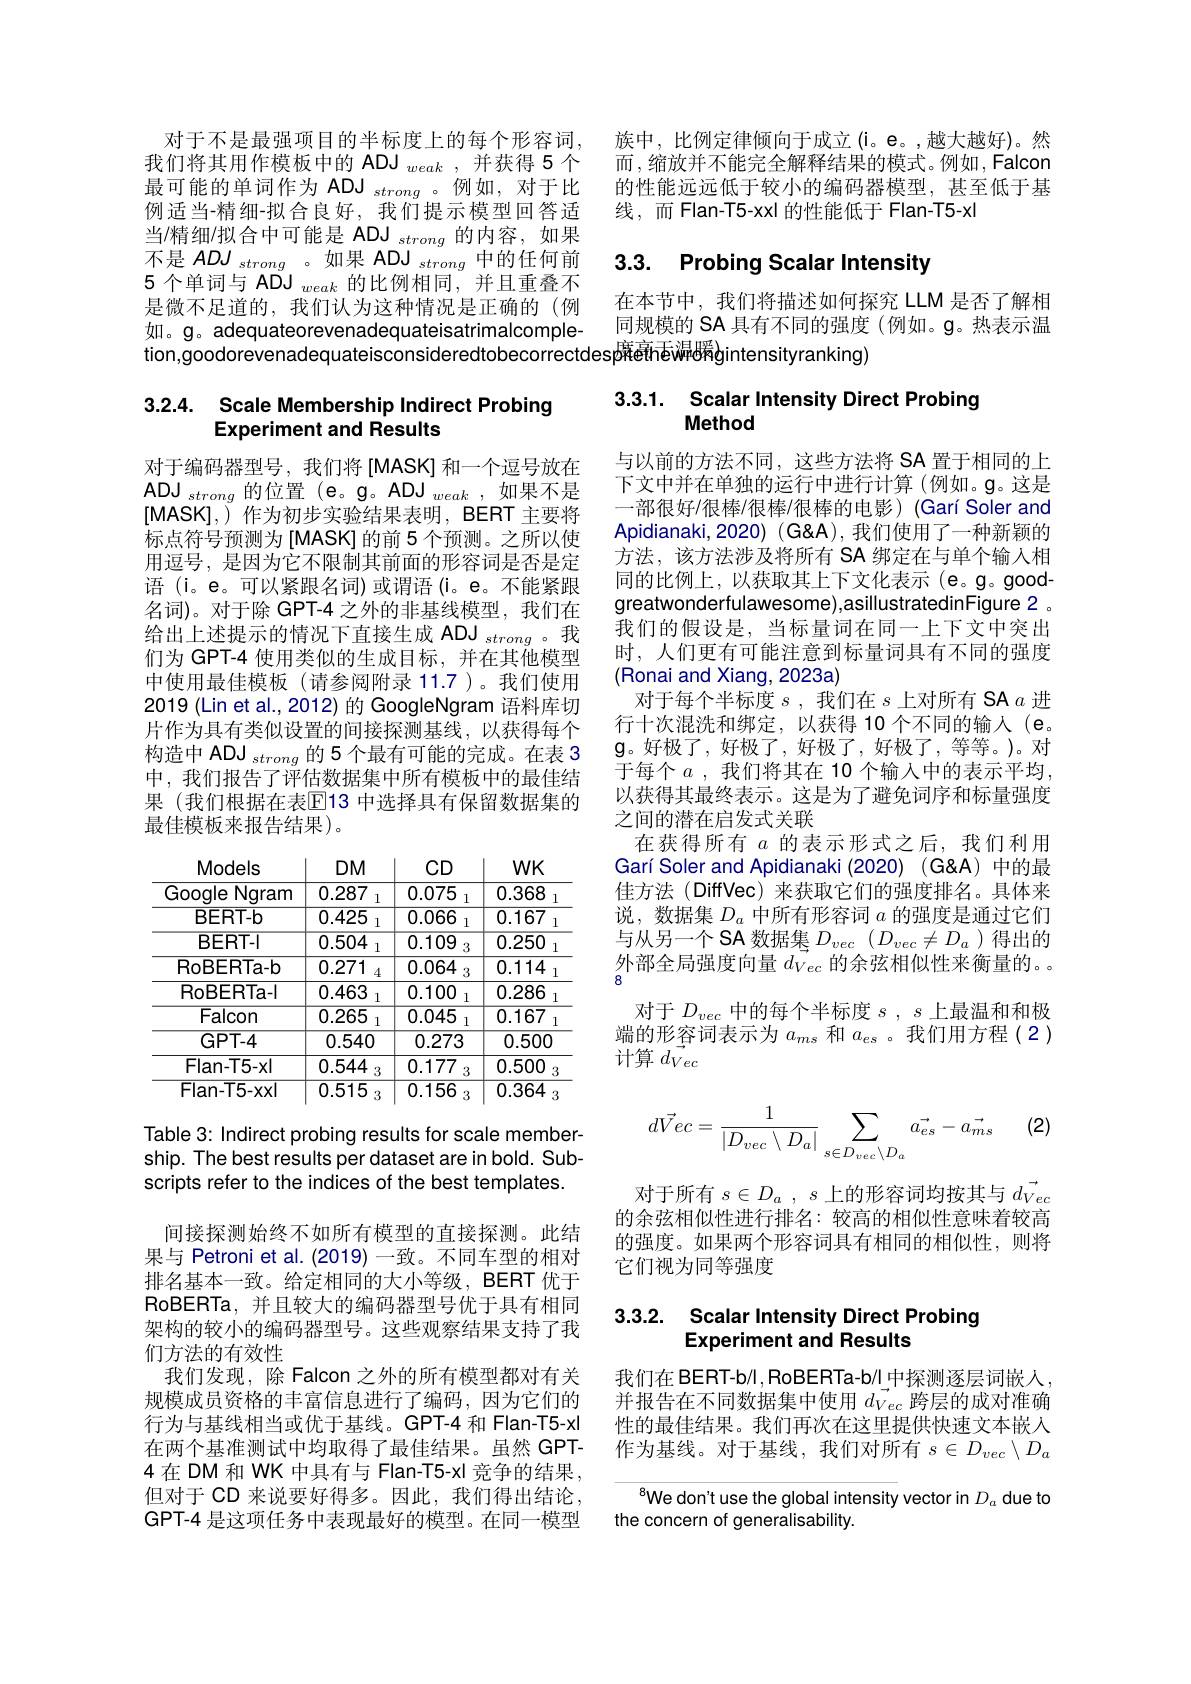
对于不是最强项目的半标度上的每个形容词， 我们将其用作模板中的 ADJ $_{weak}$,并获得 5 个最可能的单词作为 ADJ $_strong$ 。例如，对于比例适当-精细-拟合良好，我们提示模型回答适当/精细/拟合中可能是 ADJ $_strong$的内容，如果不是 $ADJ_{strong}$。如果 ADJ$_strong$中的任何前5 个单词与 ADJ $_{weak}$的比例相同，并且重叠不是微不足道的，我们认为这种情况是正确的(例如。g。adequateorevenadequateisatrimalcompletion,goodorevenadequateisconsideredtobecorrectdesp蘇efhéwå暖gintensityranking)

# 3.2.4. Scale Membership Indirect Probing Experiment and Results

对于编码器型号，我们将[MASK]和一个逗号放在$\mathbf{ADJ}_{strong}$的位置(e。g。ADJ$_weak$,如果不是[MASK],)作为初步实验结果表明，BERT 主要将标点符号预测为[MASK]的前 5 个预测。之所以使用逗号，是因为它不限制其前面的形容词是否是定语 (i。e。可以紧跟名词)或谓语(i。e。不能紧跟名词)。对于除 GPT-4 之外的非基线模型，我们在给出上述提示的情况下直接生成 ADJ $_{strong}$。我们为 GPT-4 使用类似的生成目标，并在其他模型中使用最佳模板(请参阅附录 11.7 )。我们使用2019 (Lin et al., 2012) 的 GoogleNgram 语料库切片作为具有类似设置的间接探测基线，以获得每个构造中 ADJ $_{strong}$的 5 个最有可能的完成。在表 3中，我们报告了评估数据集中所有模板中的最佳结果 (我们根据在表$\overline{\mathbb{E}}$13 中选择具有保留数据集的最佳模板来报告结果)。

<table>
	<tbody>
		<tr>
			<th>Models</th>
			<th>$DM$</th>
			<th>$CD$</th>
			<th>$WK$</th>
		</tr>
		<tr>
			<td>Gooqle Ngram 11</td>
			<td>0.287 1</td>
			<td>0.075 1</td>
			<td>0.368</td>
		</tr>
		<tr>
			<td>BERT-b</td>
			<td>0.425 1</td>
			<td>0.066 1</td>
			<td>0.167 1</td>
		</tr>
		<tr>
			<td>BERT-1</td>
			<td>0.504 1</td>
			<td>0.109 3</td>
			<td>0.250</td>
		</tr>
		<tr>
			<td>RoBERTa- b</td>
			<td>0.271 4</td>
			<td>0.064 3</td>
			<td>0.114 一</td>
		</tr>
		<tr>
			<td>RoBERTa-1</td>
			<td>0.463</td>
			<td>0.100 1</td>
			<td>0.286</td>
		</tr>
		<tr>
			<td>Falcon</td>
			<td>0.265 1</td>
			<td>0.045 1</td>
			<td>0.167 1</td>
		</tr>
		<tr>
			<td>GPT-4</td>
			<td>0.540</td>
			<td>0.273</td>
			<td>0.500</td>
		</tr>
		<tr>
			<td>Flan-T5-x1</td>
			<td>0.544 2</td>
			<td>0.177 3</td>
			<td>0.500</td>
		</tr>
		<tr>
			<td>$Flan-T5-xx$</td>
			<td>0.515 3</td>
			<td>0.156 3</td>
			<td>0.364</td>
		</tr>
	</tbody>
</table>

Table 3: Indirect probing results for scale membership. The best results per dataset are in bold. Subscripts refer to the indices of the best templates.

间接探测始终不如所有模型的直接探测。此结果与 Petroni et al.(2019) 一致。不同车型的相对排名基本一致。给定相同的大小等级，BERT 优于RoBERTa,并且较大的编码器型号优于具有相同架构的较小的编码器型号。这些观察结果支持了我们方法的有效性
我们发现，除 Falcon 之外的所有模型都对有关规模成员资格的丰富信息进行了编码，因为它们的行为与基线相当或优于基线。GPT-4 和 Flan-T5-xl 在两个基准测试中均取得了最佳结果。虽然 GPT- 4在 DM 和 WK 中具有与 Flan-T5-xl 竞争的结果， 但对于 CD 来说要好得多。因此，我们得出结论， GPT-4 是这项任务中表现最好的模型。在同一模型

族中，比例定律倾向于成立(i。e。,越大越好)。然而 ,缩放并不能完全解释结果的模式。例如，Falcon 的性能远远低于较小的编码器模型，甚至低于基线，而 Flan-T5-xxl 的性能低于 Flan-T5-xl

# 3.3. Probing Scalar Intensity

在本节中，我们将描述如何探究 LLM 是否了解相同规模的 SA 具有不同的强度 (例如。g。热表示温

### 3.3.1. Scalar Intensity Direct Probing Method

与以前的方法不同，这些方法将 SA 置于相同的上下文中并在单独的运行中进行计算(例如。$\mathfrak{g}$。这是一部很好/很棒/很棒/很棒的电影)(Garí Soler and Apidianaki, 2020) (G&A), 我们使用了一种新颖的方法，该方法涉及将所有 SA 绑定在与单个输入相同的比例上，以获取其上下文化表示(e。g。goodgreatwonderfulawesome),asillustratedinFigure 2 。我们的假设是，当标量词在同一上下文中突出时，人们更有可能注意到标量词具有不同的强度(Ronai and Xiang, 2023a)
对于每个半标度$s$,我们在$s$上对所有 SA $a$进行十次混洗和绑定，以获得 10 个不同的输人 (e。$\mathbf{g}$。好极了，好极了，好极了，好极了，好极了，等等。)。对于每个$a$ ,我们将其在 10 个输入中的表示平均， 以获得其最终表示。这是为了避免词序和标量强度之间的潜在启发式关联
在获得所有$a$的表示形式之后，我们利用Garí Soler and Apidianaki (2020) (G&A) 中的最佳方法(DiffVec)来获取它们的强度排名。具体来说，数据集$D_a$中所有形容词$a$的强度是通过它们与从另一个 SA 数据集$D_{vec}$ $( D_{vec}\neq D_a$ )得出的外部全局强度向量$\vec d_{Vec}$的余弦相似性来衡量的。8
对于$D_{vec}$中的每个半标度$s,s$上最温和和极端的形容词表示为$a_ms$和$a_es$ 。我们用方程(2) 计算$d_Vec$

(2)
$$d\vec{Vec}=\frac{1}{|D_{vec}\setminus D_a|}\sum_{s\in D_{vec}\setminus D_a}\vec{a_{es}}-\vec{a_{ms}}$$
对于所有$s\in D_a$ , $s$上的形容词均按其与$\vec d_{Vec}$ 的余弦相似性进行排名：较高的相似性意味着较高的强度。如果两个形容词具有相同的相似性，则将它们视为同等强度

# 3.3.2. Scalar Intensity Direct Probing Experiment and Results

我们在BERT-b/l,RoBERTa-b//中探测逐层词嵌人并报告在不同数据集中使用$\vec{d_{Vec}}$跨层的成对准确性的最佳结果。我们再次在这里提供快速文本嵌入作为基线。对于基线，我们对所有$s\in D_{vec}\setminus D_a$

We don't use the global intensity vector in $D_a$ due to
the concern of generalisability.